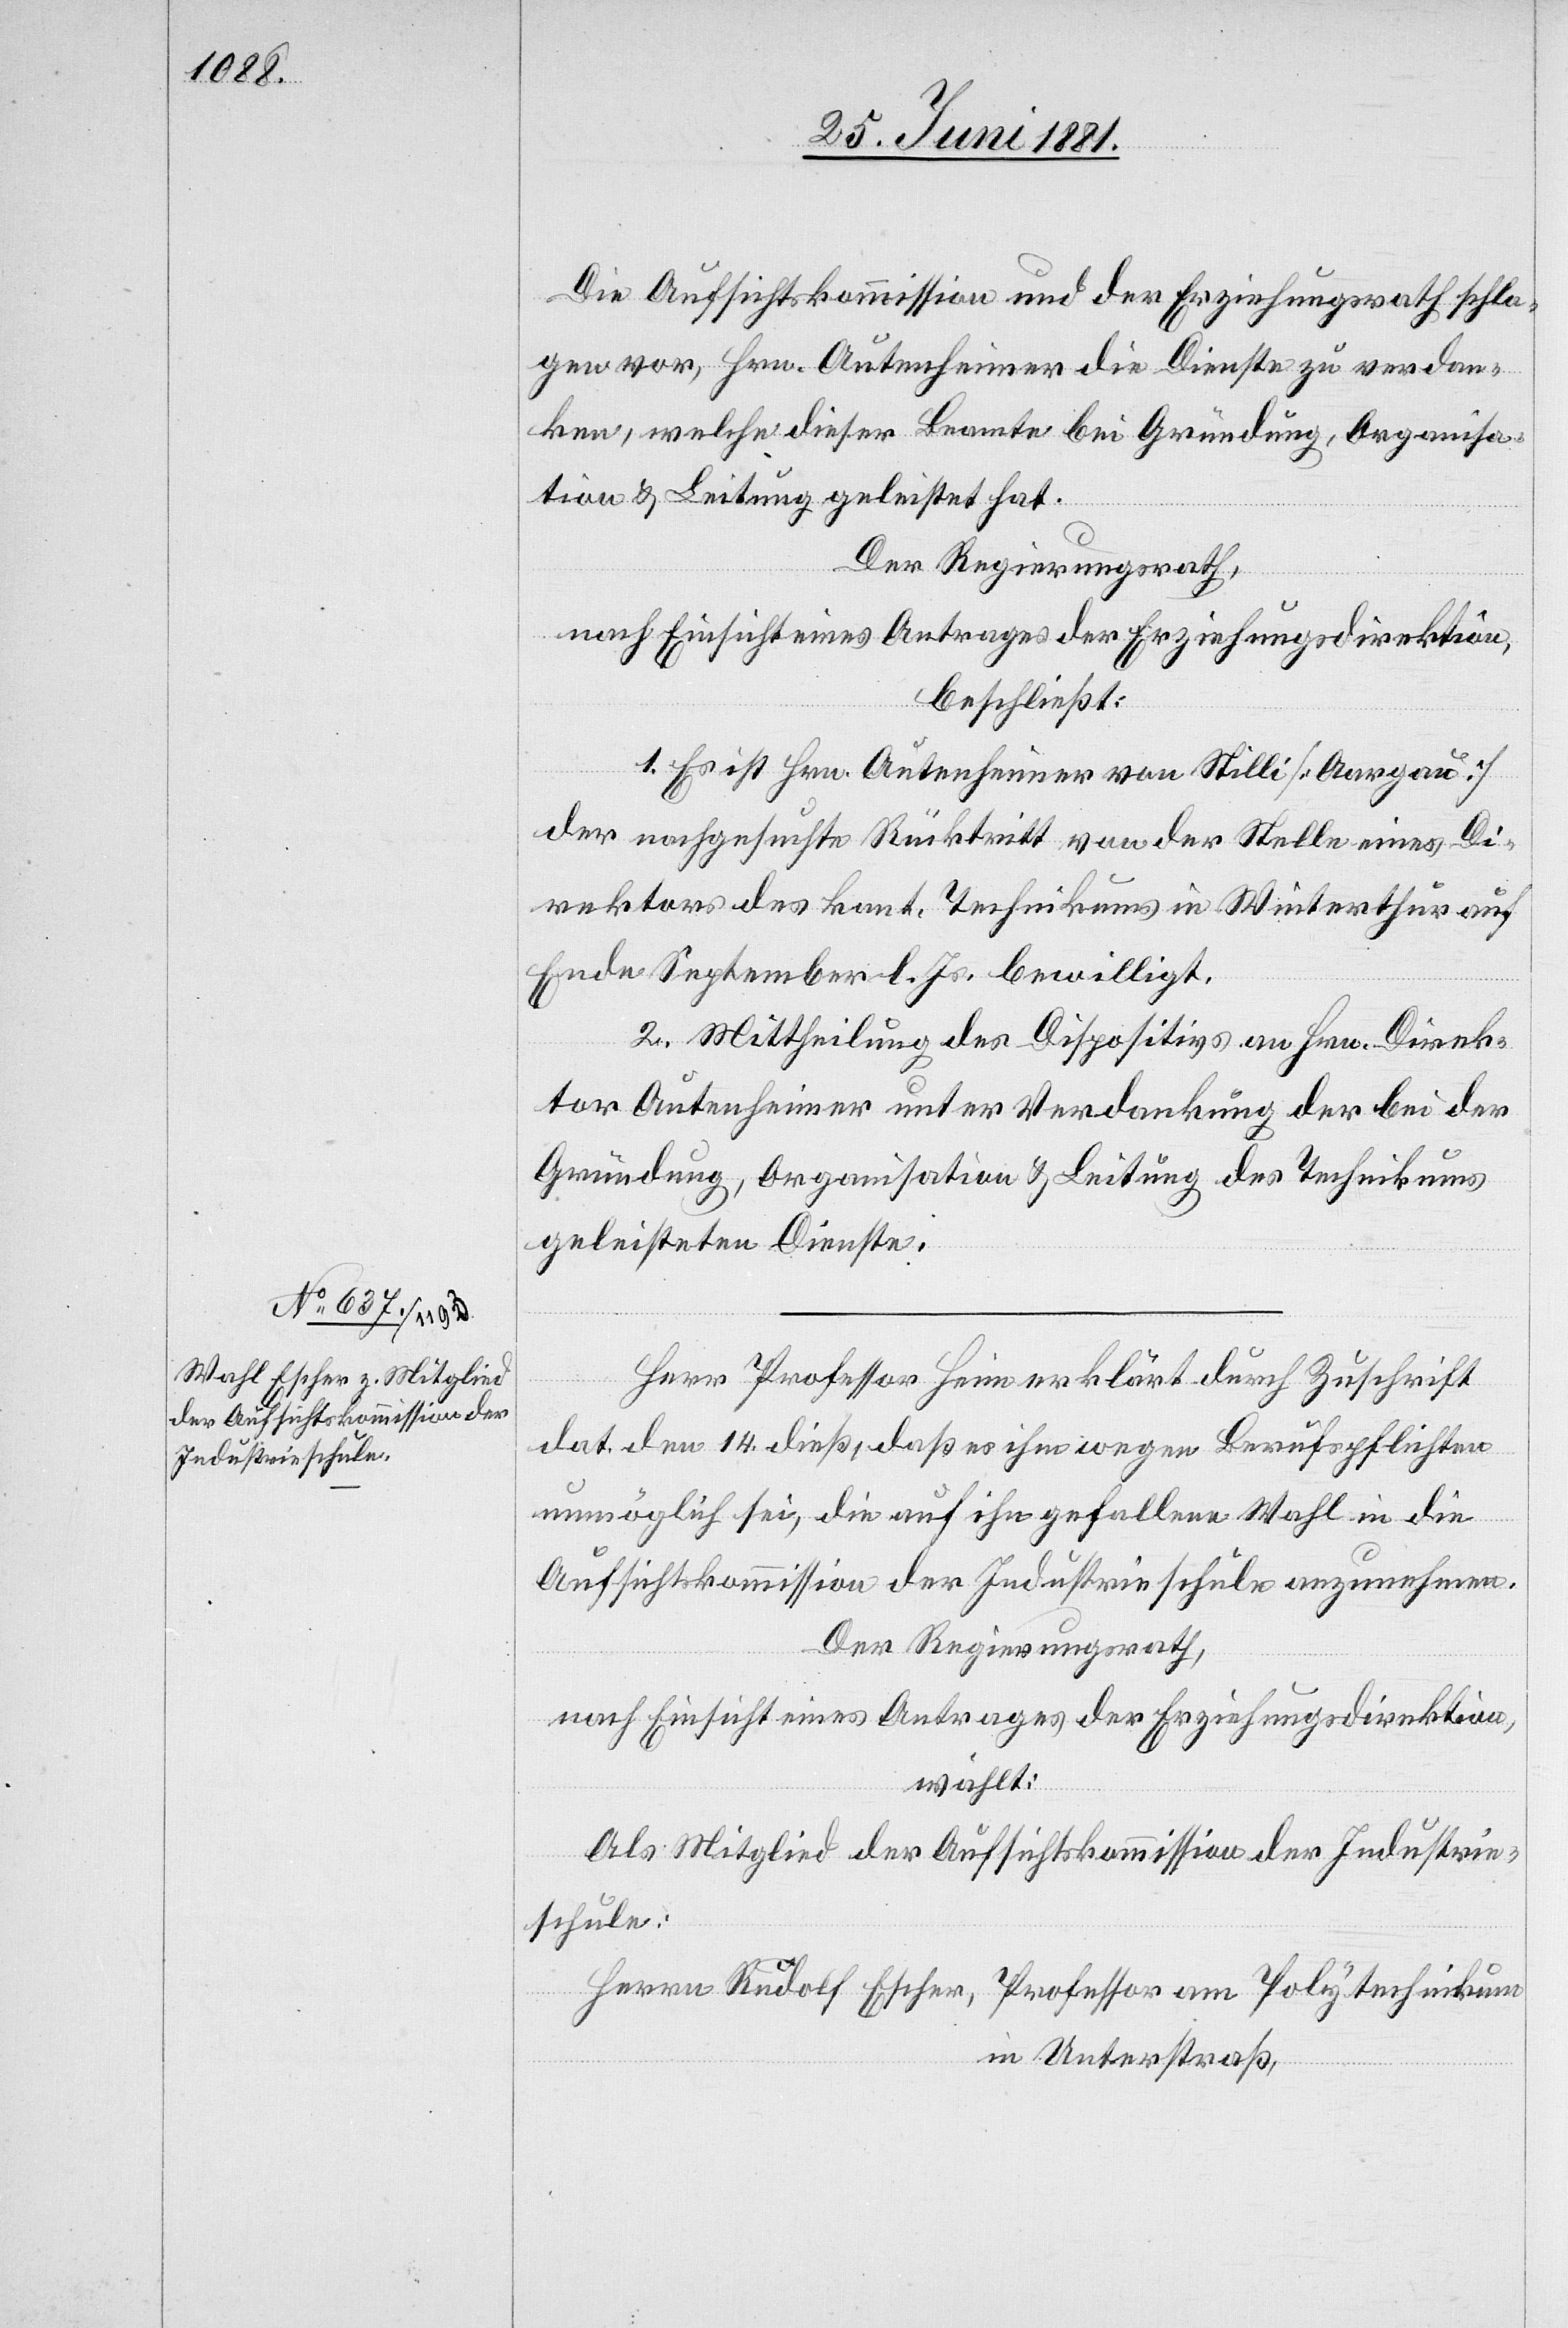
Die Aufsichtskommission und der Erziehungsrath schla¬
gen vor, Hrn. Autenheimer die Dienste zu verdan¬
ken, welche dieser Beamte bei Gründung, Organisa¬
tion & Leitung geleistet hat.
Der Regierungsrath,
nach Einsicht eines Antrages der Erziehungsdirektion,
beschließt:
1. Es ist Hrn. Autenheimer von Stilli [Aargau]
der nachgesuchte Rücktritt von der Stelle eines Di¬
rektors des kant. Technikums in Winterthur auf
Ende September l. Js. bewilligt.
2. Mittheilung des Dispositives an Hrn. Direk¬
tor Autenheimer unter Verdankung der bei der
Gründung, Organisation & Leitung des Technikums
geleisteten Dienste.
Herr Professor Heim erklärt durch Zuschrift
dat. den 14. dieß, daß es ihm wegen Berufspflichten
unmöglich sei, die auf ihn gefallene Wahl in die
Aufsichtskommission der Industrieschule anzunehmen.
Der Regierungsrath,
nach Einsicht eines Antrages der Erziehungsdirektion,
wählt:
Als Mitglied der Aufsichtskommission der Industrie¬
schule:
Herr Rudolf Escher, Professor am Polytechnikum[,]
in Unterstraß